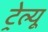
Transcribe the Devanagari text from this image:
ट्रेल्यू